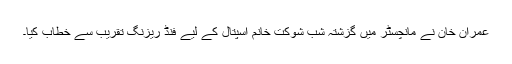
عمران خان نے مانچسٹر میں گزشتہ شب شوکت خانم اسپتال کے لیے فنڈ ریزنگ تقریب سے خطاب کیا۔